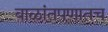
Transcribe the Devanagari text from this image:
बाळांतपणातच